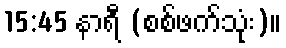
15:45 နာရီ (စစ်ဖက်သုံး)။